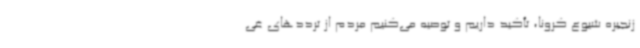
زنجیره شیوع کرونا، تأکید داریم و توصیه می‌کنیم مردم از ترددهای غی